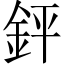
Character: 䤣